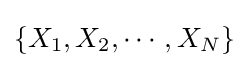
\left\{X_{1},X_{2},\cdots ,X_{N}\right\}